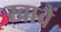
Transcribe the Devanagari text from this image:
खावैं